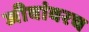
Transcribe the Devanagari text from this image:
जीवांवरच